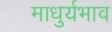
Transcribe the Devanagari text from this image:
माधुर्यभाव